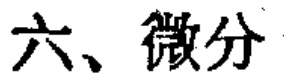
六、微分